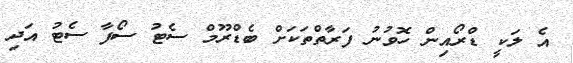
އެ ލަކީ ޑްރޯއިން ހޮވުނު ފަރާތްތަކަށް ބެޑްރޫމް ސެޓު ސޯފާ ސެޓު އަދި